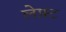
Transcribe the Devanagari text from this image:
लेफ़्ट